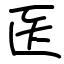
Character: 医